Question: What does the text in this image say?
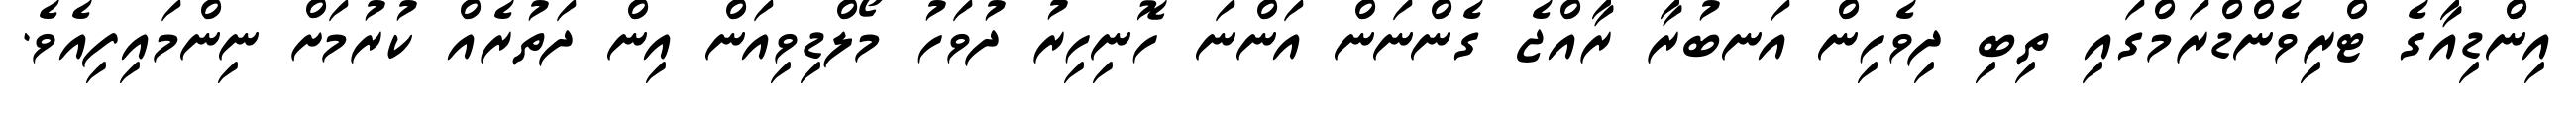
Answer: އިންޑިއާގެ ޓްރިވެންޑްރަމްގައި ތިބި ދިވެހިން އަނބުރާ ރާއްޖެ ގެންނަން އަންނަ ހޮނިހިރު ދުވަހު މޯލްޑިވިއަން އިން ދަތުރެއް ކުރުމަށް ނިންމައިފިއެވެ.